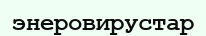
энеровирустар